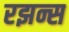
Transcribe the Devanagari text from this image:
रझन्स